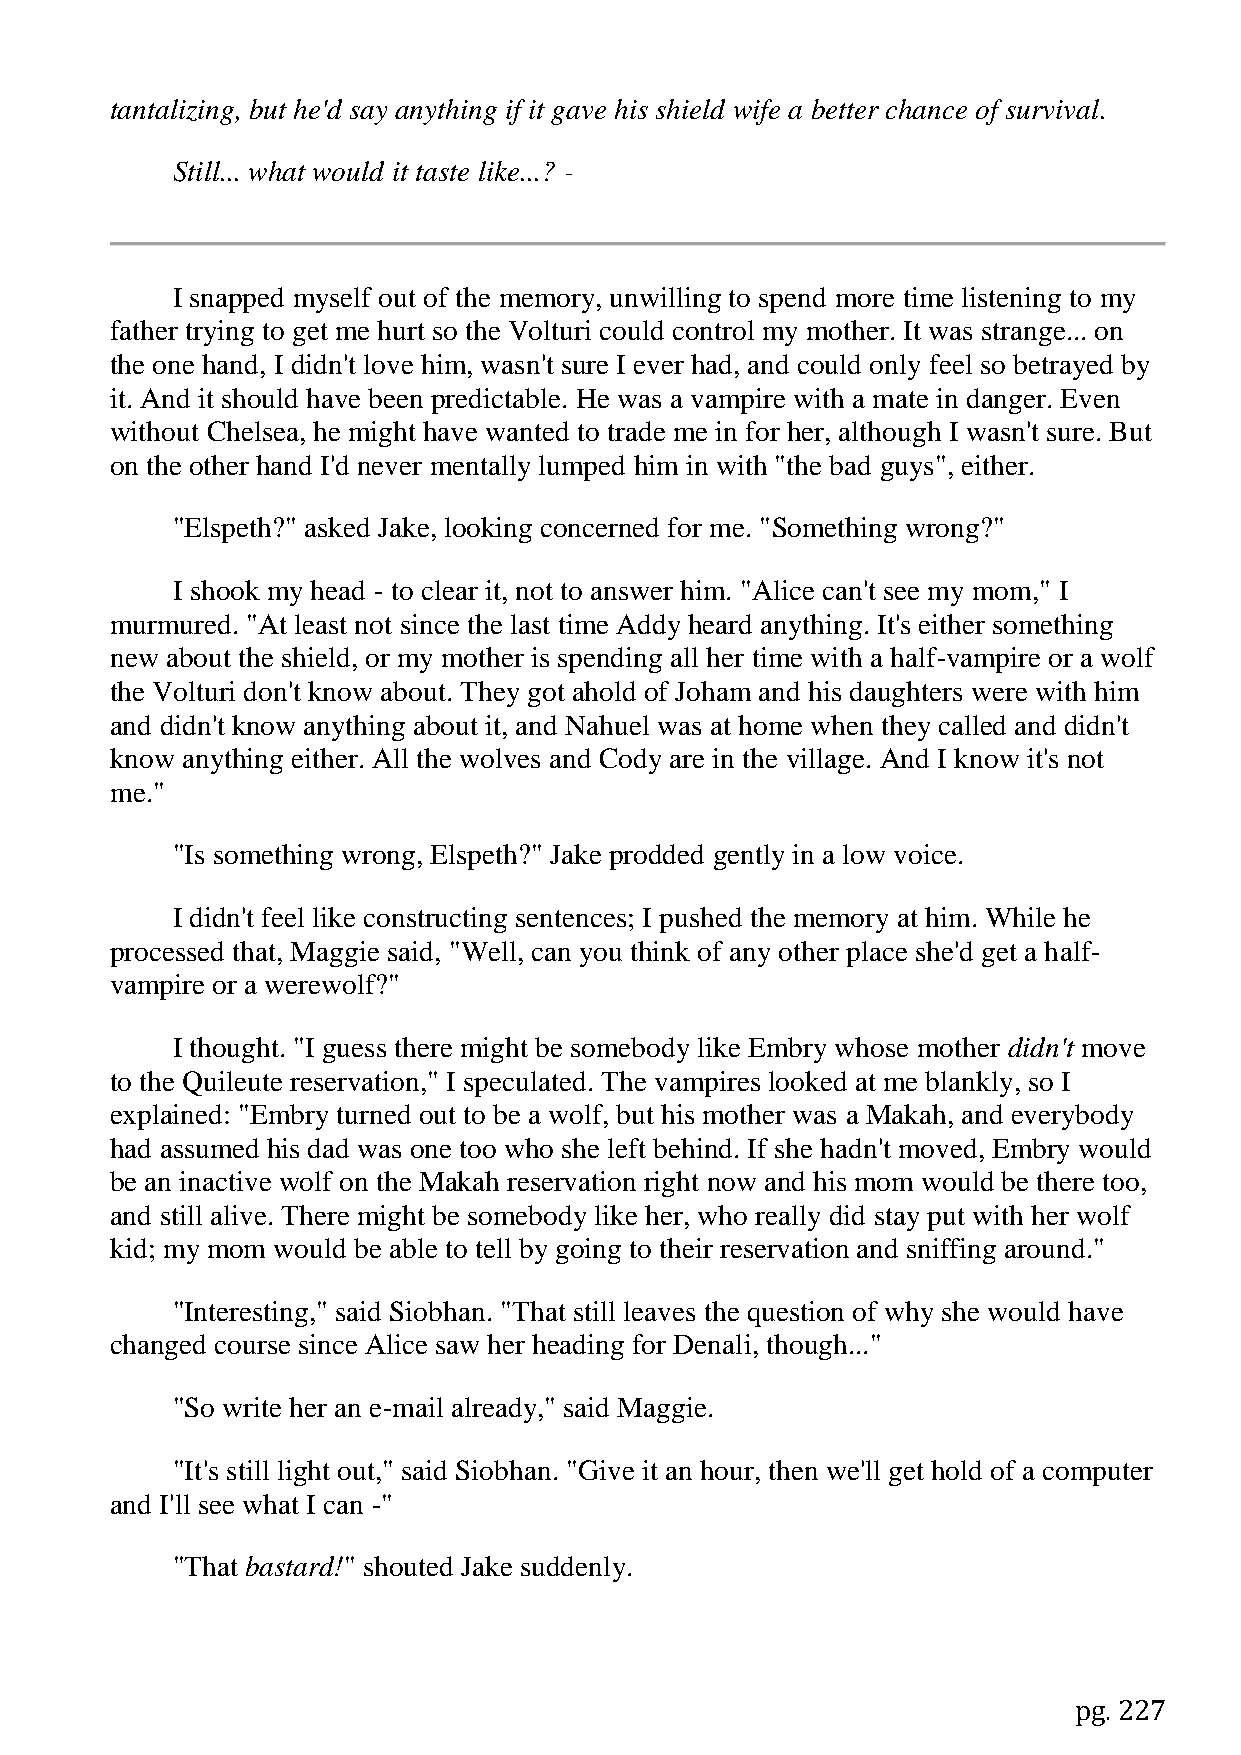
tantalizing, but he'd say anything if it gave his shield wife a better chance of survival.
 Still... what would it taste like...? -
 I snapped myself out of the memory, unwilling to spend more time listening to my
 father trying to get me hurt so the Volturi could control my mother. It was strange... on
 the one hand, I didn't love him, wasn't sure I ever had, and could only feel so betrayed by
 it. And it should have been predictable. He was a vampire with a mate in danger. Even
 without Chelsea, he might have wanted to trade me in for her, although I wasn't sure. But
 on the other hand I'd never mentally lumped him in with "the bad guys", either.
 "Elspeth?" asked Jake, looking concerned for me. "Something wrong?"
 I shook my head - to clear it, not to answer him. "Alice can't see my mom," I
 murmured. "At least not since the last time Addy heard anything. It's either something
 new about the shield, or my mother is spending all her time with a half-vampire or a wolf
 the Volturi don't know about. They got ahold of Joham and his daughters were with him
 and didn't know anything about it, and Nahuel was at home when they called and didn't
 know anything either. All the wolves and Cody are in the village. And I know it's not
 me."
 "Is something wrong, Elspeth?" Jake prodded gently in a low voice.
 I didn't feel like constructing sentences; I pushed the memory at him. While he
 processed that, Maggie said, "Well, can you think of any other place she'd get a half-
 vampire or a werewolf?"
 I thought. "I guess there might be somebody like Embry whose mother didn't move
 to the Quileute reservation," I speculated. The vampires looked at me blankly, so I
 explained: "Embry turned out to be a wolf, but his mother was a Makah, and everybody
 had assumed his dad was one too who she left behind. If she hadn't moved, Embry would
 be an inactive wolf on the Makah reservation right now and his mom would be there too,
 and still alive. There might be somebody like her, who really did stay put with her wolf
 kid; my mom would be able to tell by going to their reservation and sniffing around."
 "Interesting," said Siobhan. "That still leaves the question of why she would have
 changed course since Alice saw her heading for Denali, though..."
 "So write her an e-mail already," said Maggie.
 "It's still light out," said Siobhan. "Give it an hour, then we'll get hold of a computer
 and I'll see what I can -"
 "That bastard!" shouted Jake suddenly.
 pg. 227